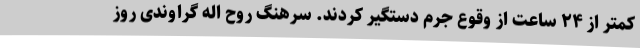
کمتر از ۲۴ ساعت از وقوع جرم دستگیر کردند. سرهنگ روح اله گراوندی روز